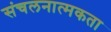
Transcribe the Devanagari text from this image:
संचलनात्मकता